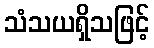
သံသယရှိသဖြင့်